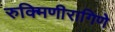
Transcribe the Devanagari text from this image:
रुक्मिणीरागिणे